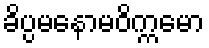
ခိပ္ပမနောမဝိက္ကမော